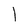
Character: l